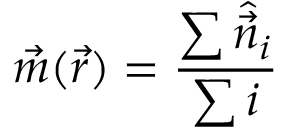
\vec { m } ( \vec { r } ) = \frac { \sum \hat { \vec { n } } _ { i } } { \sum i }